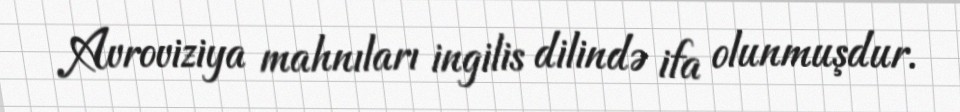
Avroviziya mahnıları ingilis dilində ifa olunmuşdur.